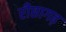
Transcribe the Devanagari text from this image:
रीछागढ़